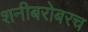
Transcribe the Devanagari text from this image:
शनीबरोबरच